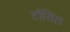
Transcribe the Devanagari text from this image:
टौंसिल